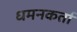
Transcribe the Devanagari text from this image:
धमनकर्ता